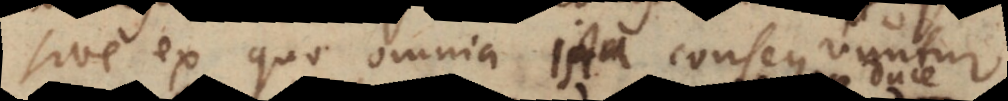
sive ex quo omnia ista consequuntur.